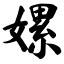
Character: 嫘